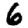
Digit: 6